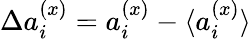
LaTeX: \Delta a_{i}^{(x)}=a_{i}^{(x)}-\langle{a_{i}^{(x)}}\rangle